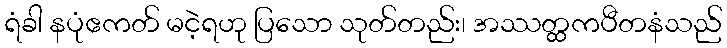
ရံခါ နပုံဧကတ် မငဲ့ရဟု ပြသော သုတ်တည်း၊ အဿတ္ထကပီတနံသည်